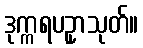
ဒုက္ကရပဥှာသုတ်။